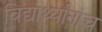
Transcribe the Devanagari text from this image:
विद्यार्थ्यांनाच